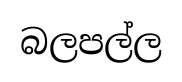
බලපල්ල